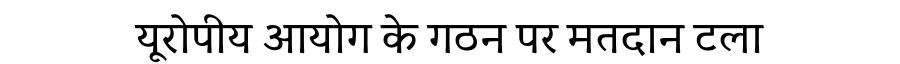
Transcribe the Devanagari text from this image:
यूरोपीय आयोग के गठन पर मतदान टला